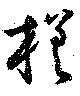
槎